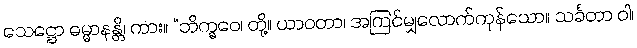
သေဋ္ဌော ဓမ္မာနန္တိ၊ ကား။ “ဘိက္ခဝေ၊ တို့။ ယာဝတာ၊ အကြင်မျှလောက်ကုန်သော။ သင်္ခတာ ဝါ၊